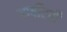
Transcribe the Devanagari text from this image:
आर्बीटरी